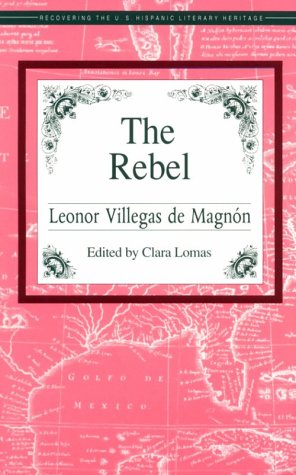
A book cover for The Rebel (Recovering the Us Hispanic Literary Heritage); Leonor Villegas De Magnon; Biographies & Memoirs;